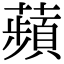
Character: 蘋